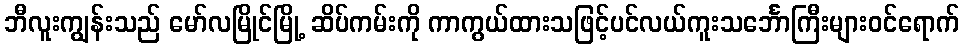
ဘီလူးကျွန်းသည် မော်လမြိုင်မြို့ ဆိပ်ကမ်းကို ကာကွယ်ထားသဖြင့်ပင်လယ်ကူးသင်္ဘောကြီးများဝင်ရောက်